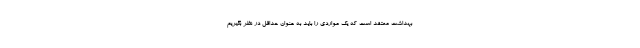
بهداشت معتقد است که یک مواردی را باید به عنوان حداقل در نظر بگیریم